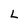
Character: L